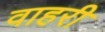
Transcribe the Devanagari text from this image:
वाहरी